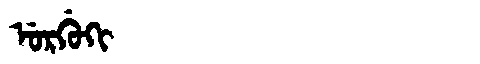
Manchu: ᡠᡵᡤᡠᡴᡳ
Romanization: URGUKI